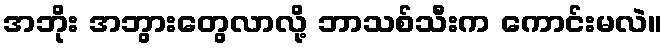
အဘိုး အဘွားတွေလာလို့ ဘာသစ်သီးက ကောင်းမလဲ။